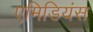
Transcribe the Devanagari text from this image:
एमिडियंस